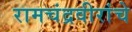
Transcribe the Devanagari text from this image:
रामचंद्रवीरांचे